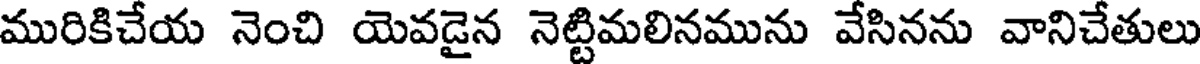
మురికిచేయ నెంచి యెవడైన నెట్టిమలినమును వేసినను వానిచేతులు